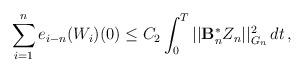
LaTeX: \begin{align*}\displaystyle{\sum_{i=1}^n e_{i-n}(W_i)(0)} \le C_2 \int_0^T || \mathcal{\mathbf{B}}_n^{\ast}Z_n||_{G_n}^2 \,dt \,,\end{align*}